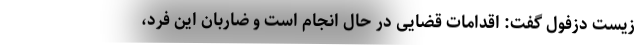
زیست دزفول گفت: اقدامات قضایی در حال انجام است و ضاربان این فرد،